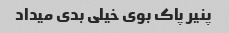
پنیر پاک بوی خیلی بدی میداد